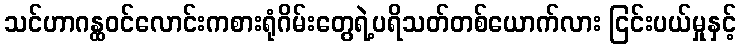
သင်ဟာဂန္ထဝင်လောင်းကစားရုံဂိမ်းတွေရဲ့ပရိသတ်တစ်ယောက်လား ငြင်းပယ်မှုနှင့်